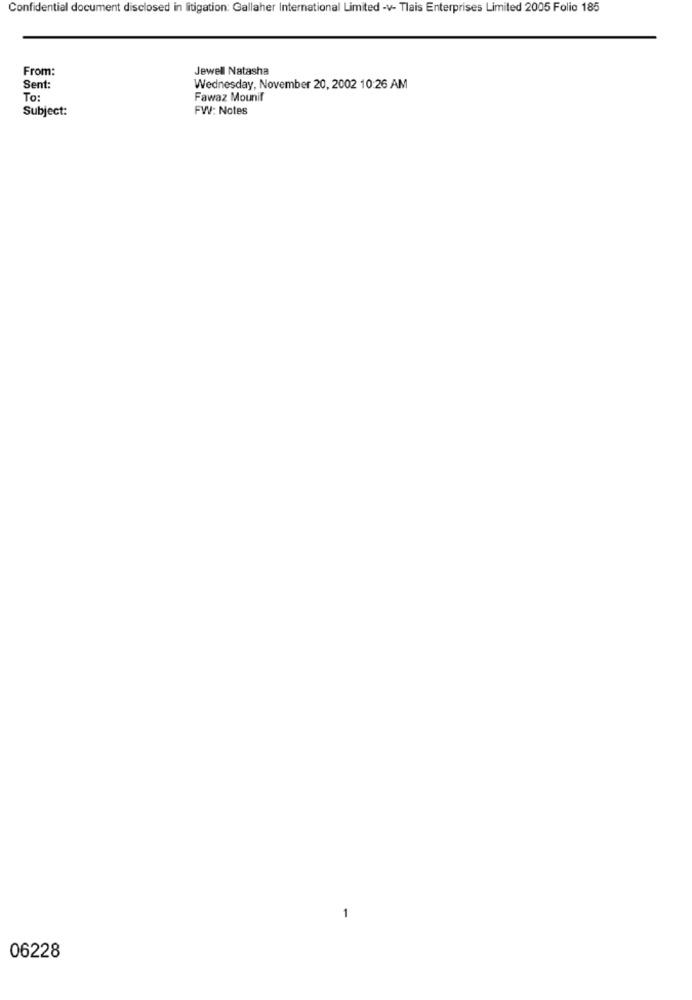
Confidential document disclosed in litigation: Gallaher International Limited -v- Tlais Enterprises Limited 2005 Folio 185
From:
Jewell Natasha
Sent:
Wednesday, November 20, 2002 10:26 AM
To:
Fawaz Mounif
Subject:
FW: Notes
06228